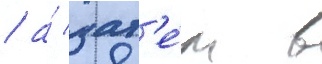
/ а́ зат'е́м в